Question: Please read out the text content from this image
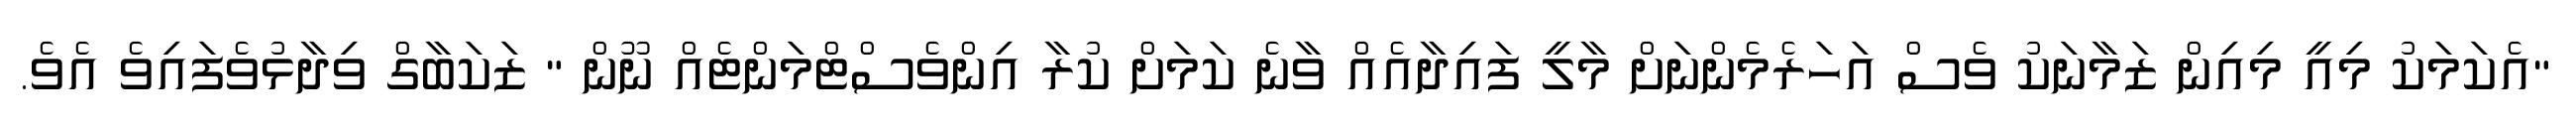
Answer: "އެކަމަކު މިއީ މިއިން ޒަމާނަކު ވެސް އަހަރެމެންނަށް މާލީ ފައިދާއެއް ވާނެ ކަމަށް ކުރާ އިންވެސްޓްމަންޓެއް ނޫން " ޒަކަބާގް ވިދާޅުވެފައިވެ އެވެ.